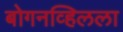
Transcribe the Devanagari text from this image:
बोगनव्हिलला